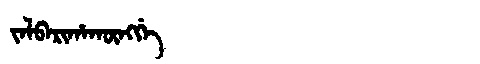
Manchu: ᠵᠠᠯᠪᠠᡵᡳᡥᠠᡴᡡᠩᡤᡝ
Romanization: JALBARIHAKŪNGGE